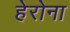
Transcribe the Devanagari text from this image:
हेरोना